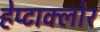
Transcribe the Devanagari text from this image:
हेप्‍टाक्‍लोर